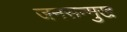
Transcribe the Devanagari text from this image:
जनसन्मुख